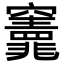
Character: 𮄣